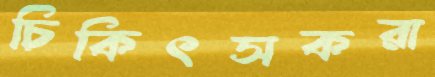
চিকিৎসকরা